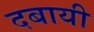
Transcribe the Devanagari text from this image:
दबायी